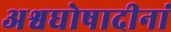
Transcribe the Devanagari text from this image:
अश्वघोषादीनां